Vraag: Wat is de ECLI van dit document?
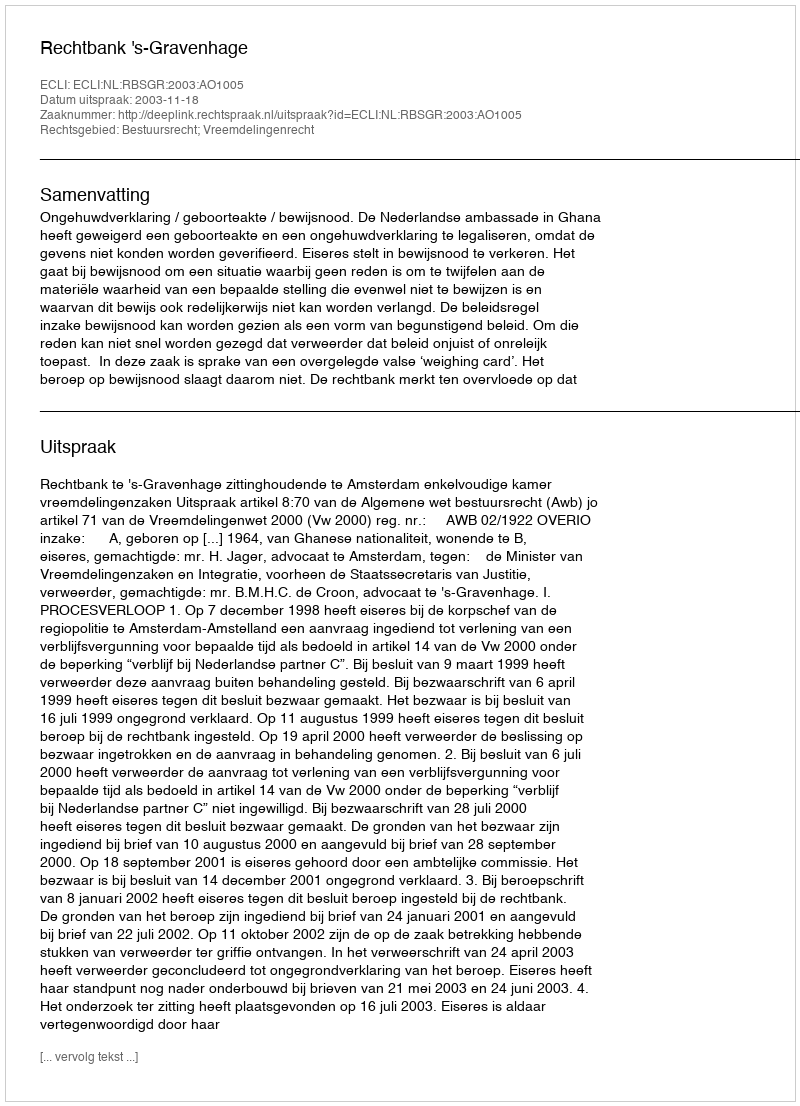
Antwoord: ECLI:NL:RBSGR:2003:AO1005